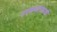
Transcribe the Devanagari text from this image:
उपकथानकाशी